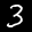
Label: 3